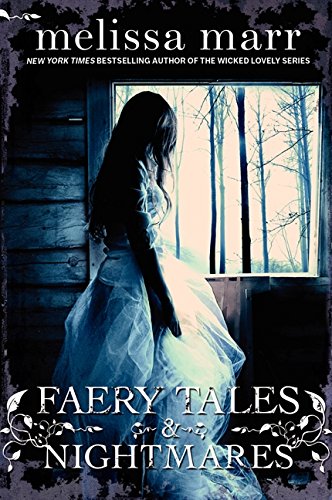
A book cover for Faery Tales & Nightmares; Melissa Marr; Teen & Young Adult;